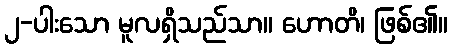
၂-ပါးသော မူလရှိသည်သာ။ ဟောတိ၊ ဖြစ်၏။